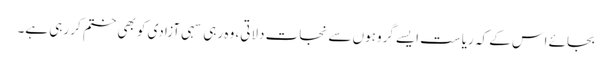
بجائے اس کے کہ ریاست ایسے گروہوں سے نجات دلاتی، وہ رہی سہی آزادی کو بھی ختم کر رہی ہے۔